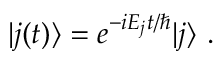
| j ( t ) \rangle = e ^ { - i E _ { j } t / \hbar } | j \rangle ~ .